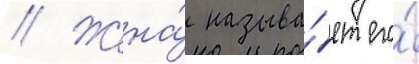
// Жена́ называ́ет его́